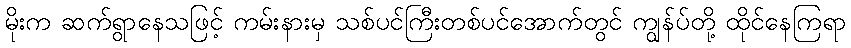
မိုးက ဆက်ရွာနေသဖြင့် ကမ်းနားမှ သစ်ပင်ကြီးတစ်ပင်အောက်တွင် ကျွန်ပ်တို့ ထိုင်နေကြရာ